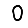
Digit: 0